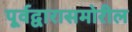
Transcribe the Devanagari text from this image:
पूर्वद्वारासमोरील